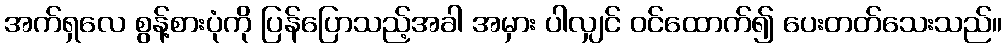
အက်ရှလေ စွန့်စားပုံကို ပြန်ပြောသည့်အခါ အမှား ပါလျှင် ဝင်ထောက်၍ ပေးတတ်သေးသည်။